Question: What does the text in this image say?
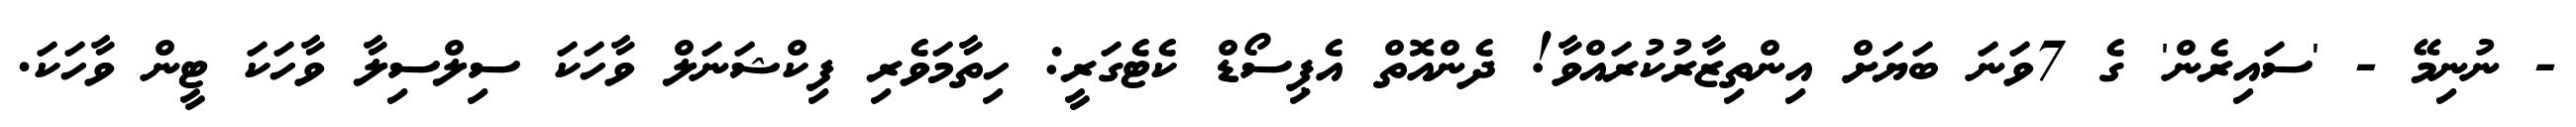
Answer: - ނުނިމޭ - 'ސައިރެން' ގެ 7ވަނަ ބަޔަށް އިންތިޒާރުކުރައްވާ! ދެންއޮތް އެޕިސޯޑް ކެޓެގަރީ: ހިތާމަވެރި ފިކްޝަނަލް ވާހަކަ ސިލްސިލާ ވާހަކަ ޓީން ވާހަކަ.